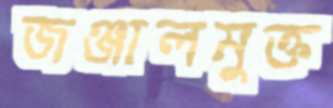
জঞ্জালমুক্ত